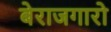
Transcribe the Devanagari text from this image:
बेराजगारो